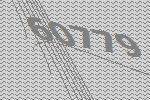
60779